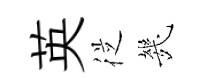
英従㡬